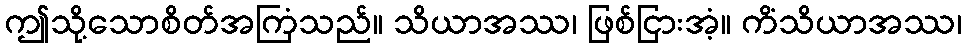
ဤသို့သောစိတ်အကြံသည်။ သိယာအဿ၊ ဖြစ်ငြားအံ့။ ကိံသိယာအဿ၊